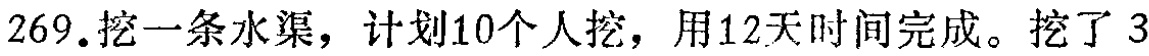
269.挖一条水渠，计划10个人挖，用12天时间完成。挖了 3